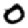
Digit: 0